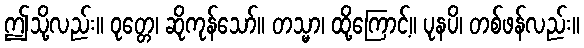
ဤသို့လည်း။ ဝုတ္တေ၊ ဆိုကုန်သော်။ တသ္မာ၊ ထို့ကြောင့်။ ပုနပိ၊ တစ်ဖန်လည်း။